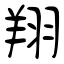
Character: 翔